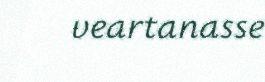
veartanasse